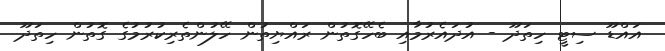
އައްޑޫ ސިޓީ ހިތަދޫ - އުދައެރުމާއި ބެހޭގޮތުން ރައްޔިތުން ހޭލުންތެރިކުރުމުގެ ގޮތުން ހިތަދޫ